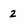
Character: 2